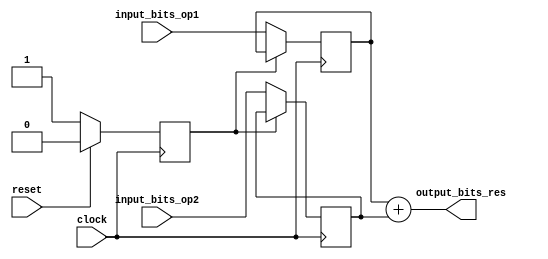
module DecoupledAdder(
  input         clock,
  input         reset,
  input  [31:0] input_bits_op1,
  input  [31:0] input_bits_op2,
  output [31:0] output_bits_res
);
`ifdef RANDOMIZE_REG_INIT
  reg [31:0] _RAND_0;
  reg [31:0] _RAND_1;
  reg [31:0] _RAND_2;
`endif // RANDOMIZE_REG_INIT
  reg [31:0] x; // @[addmul.scala 22:26]
  reg [31:0] y; // @[addmul.scala 23:26]
  reg  busy; // @[addmul.scala 24:30]
  assign output_bits_res = x + y; // @[addmul.scala 32:30]
  always @(posedge clock) begin
    if (!(busy)) begin // @[addmul.scala 31:17]
      x <= input_bits_op1;
    end
    if (!(busy)) begin // @[addmul.scala 31:17]
      y <= input_bits_op2;
    end
    if (reset) begin // @[addmul.scala 24:30]
      busy <= 1'h0; // @[addmul.scala 24:30]
    end else if (!(busy)) begin // @[addmul.scala 31:17]
      busy <= 1'h1;
    end
  end
// Register and memory initialization
`ifdef RANDOMIZE_GARBAGE_ASSIGN
`define RANDOMIZE
`endif
`ifdef RANDOMIZE_INVALID_ASSIGN
`define RANDOMIZE
`endif
`ifdef RANDOMIZE_REG_INIT
`define RANDOMIZE
`endif
`ifdef RANDOMIZE_MEM_INIT
`define RANDOMIZE
`endif
`ifndef RANDOM
`define RANDOM $random
`endif
`ifdef RANDOMIZE_MEM_INIT
  integer initvar;
`endif
`ifndef SYNTHESIS
`ifdef FIRRTL_BEFORE_INITIAL
`FIRRTL_BEFORE_INITIAL
`endif
initial begin
  `ifdef RANDOMIZE
    `ifdef INIT_RANDOM
      `INIT_RANDOM
    `endif
    `ifndef VERILATOR
      `ifdef RANDOMIZE_DELAY
        #`RANDOMIZE_DELAY begin end
      `else
        #0.002 begin end
      `endif
    `endif
`ifdef RANDOMIZE_REG_INIT
  _RAND_0 = {1{`RANDOM}};
  x = _RAND_0[31:0];
  _RAND_1 = {1{`RANDOM}};
  y = _RAND_1[31:0];
  _RAND_2 = {1{`RANDOM}};
  busy = _RAND_2[0:0];
`endif // RANDOMIZE_REG_INIT
  `endif // RANDOMIZE
end // initial
`ifdef FIRRTL_AFTER_INITIAL
`FIRRTL_AFTER_INITIAL
`endif
`endif // SYNTHESIS
endmodule
module NValuesAdder(
  input         clock,
  input         reset,
  output        inputs_ready,
  input         inputs_valid,
  input  [31:0] inputs_bits_ops_0_op1,
  input  [31:0] inputs_bits_ops_0_op2,
  input  [31:0] inputs_bits_ops_1_op1,
  input  [31:0] inputs_bits_ops_1_op2,
  output [31:0] outputs
);
  wire  res1_clock; // @[addmul.scala 54:26]
  wire  res1_reset; // @[addmul.scala 54:26]
  wire [31:0] res1_input_bits_op1; // @[addmul.scala 54:26]
  wire [31:0] res1_input_bits_op2; // @[addmul.scala 54:26]
  wire [31:0] res1_output_bits_res; // @[addmul.scala 54:26]
  wire  res2_clock; // @[addmul.scala 54:26]
  wire  res2_reset; // @[addmul.scala 54:26]
  wire [31:0] res2_input_bits_op1; // @[addmul.scala 54:26]
  wire [31:0] res2_input_bits_op2; // @[addmul.scala 54:26]
  wire [31:0] res2_output_bits_res; // @[addmul.scala 54:26]
  wire  res3_clock; // @[addmul.scala 54:26]
  wire  res3_reset; // @[addmul.scala 54:26]
  wire [31:0] res3_input_bits_op1; // @[addmul.scala 54:26]
  wire [31:0] res3_input_bits_op2; // @[addmul.scala 54:26]
  wire [31:0] res3_output_bits_res; // @[addmul.scala 54:26]
  DecoupledAdder res1 ( // @[addmul.scala 54:26]
    .clock(res1_clock),
    .reset(res1_reset),
    .input_bits_op1(res1_input_bits_op1),
    .input_bits_op2(res1_input_bits_op2),
    .output_bits_res(res1_output_bits_res)
  );
  DecoupledAdder res2 ( // @[addmul.scala 54:26]
    .clock(res2_clock),
    .reset(res2_reset),
    .input_bits_op1(res2_input_bits_op1),
    .input_bits_op2(res2_input_bits_op2),
    .output_bits_res(res2_output_bits_res)
  );
  DecoupledAdder res3 ( // @[addmul.scala 54:26]
    .clock(res3_clock),
    .reset(res3_reset),
    .input_bits_op1(res3_input_bits_op1),
    .input_bits_op2(res3_input_bits_op2),
    .output_bits_res(res3_output_bits_res)
  );
  assign inputs_ready = 1'h1; // @[addmul.scala 77:16]
  assign outputs = res3_output_bits_res; // @[addmul.scala 96:11]
  assign res1_clock = clock;
  assign res1_reset = reset;
  assign res1_input_bits_op1 = inputs_bits_ops_0_op1; // @[addmul.scala 60:29]
  assign res1_input_bits_op2 = inputs_bits_ops_0_op2; // @[addmul.scala 61:29]
  assign res2_clock = clock;
  assign res2_reset = reset;
  assign res2_input_bits_op1 = inputs_bits_ops_1_op1; // @[addmul.scala 60:29]
  assign res2_input_bits_op2 = inputs_bits_ops_1_op2; // @[addmul.scala 61:29]
  assign res3_clock = clock;
  assign res3_reset = reset;
  assign res3_input_bits_op1 = res1_output_bits_res; // @[addmul.scala 87:20 89:14]
  assign res3_input_bits_op2 = res2_output_bits_res; // @[addmul.scala 87:20 90:14]
endmodule